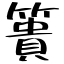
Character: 簣